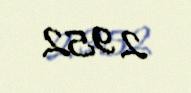
2 952